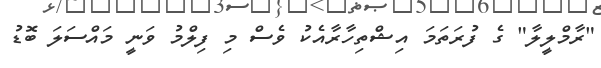
"ރާމްލީލާ" ގެ ފުރަތަމަ އިޝްތިހާރާއެކު ވެސް މި ފިލްމު ވަނީ މައްސަލަ ބޮޑު